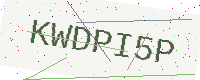
Text: KWDPI5P